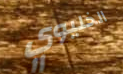
الخليوي